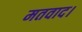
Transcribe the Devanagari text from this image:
मतवाद।